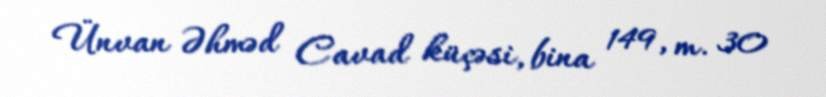
Ünvan Əhməd Cavad küçəsi, bina 149, m. 30